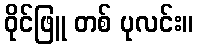
ဝိုင်ဖြူ တစ် ပုလင်း။